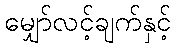
မျှော်လင့်ချက်နှင့်